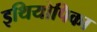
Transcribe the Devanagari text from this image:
इथियोपिका